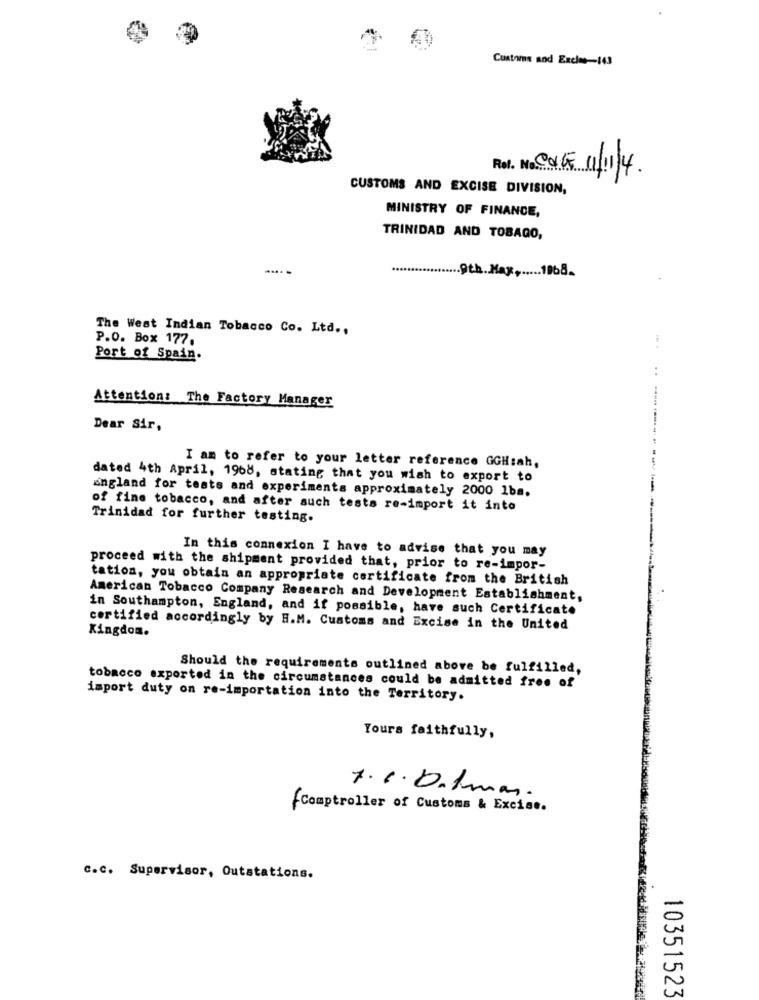
Customs and Exclus-143
Rol. N. CUG 11/11/4.
CUSTOMS AND EXCISE DIVISION,
MINISTRY OF FINANCE,
TRINIDAD AND TOBAGO,
--- -
9th.Max ...... 1968.
The West Indian Tobacco Co. Ltd .,
P.O. Box 177.
Port of Spain.
Attention: The Factory Manager
Dear Sir,
I am to refer to your letter reference GGH:ah,
dated 4th April, 1968, stating that you wish to export to
England for tests and experiments approximately 2000 1ba.
------------
of fine tobacco, and after such tests re-import it into
Trinidad for further testing.
In this connexion I have to advise that you may
proceed with the shipment provided that, prior to re-impor-
tation, you obtain an appropriate certificate from the British
American Tobacco Company Research and Development Establishment,
in Southampton, England, and if possible, have such Certificate
Kingdom.
certified accordingly by H.M. Customs and Excise in the United
Should the requirements outlined above be fulfilled,
tobacco exported in the circumstances could be admitted free of
import duty on re-importation into the Territory.
Yours faithfully,
7.6. 0. Imas.
Comptroller of Customs & Excise.
c.c. Supervisor, Outstations.
10351523